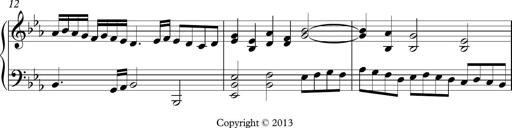
Title: Ten Piano Sonatinas
Composer: Andreas Sain